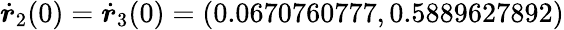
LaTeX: \dot{\boldsymbol{r}}_{2}(0)=\dot{\boldsymbol{r}}_{3}(0)=(0.0670760777,0.5889627892)